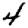
Digit: 4